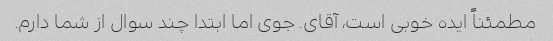
مطمئناً ایده خوبی است، آقای. جوی اما ابتدا چند سوال از شما دارم.